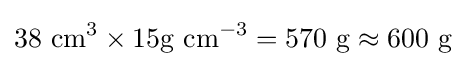
38\ \mathrm {cm^{3}} \times 15\mathrm {g\ cm^{-3}} =570\ \mathrm {g} \approx 600\ \mathrm {g}